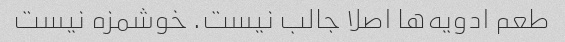
طعم ادویه‌ها اصلا جالب نیست. خوشمزه نیست